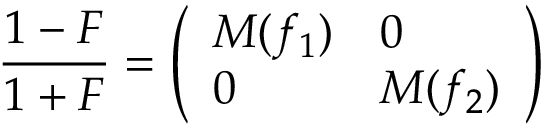
{ \frac { 1 - F } { 1 + F } } = \left( \begin{array} { l l } { { M ( f _ { 1 } ) } } & { { 0 } } \\ { { 0 } } & { { M ( f _ { 2 } ) } } \end{array} \right)